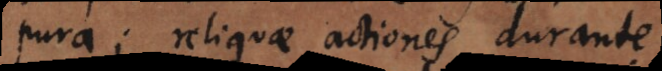
pura; reliquae actiones durante